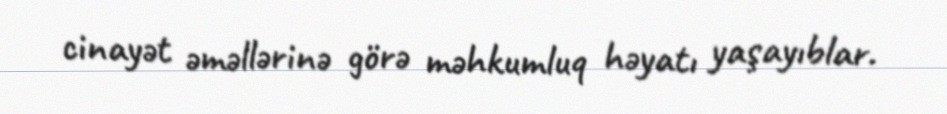
cinayət əməllərinə görə məhkumluq həyatı yaşayıblar.